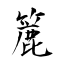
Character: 簏